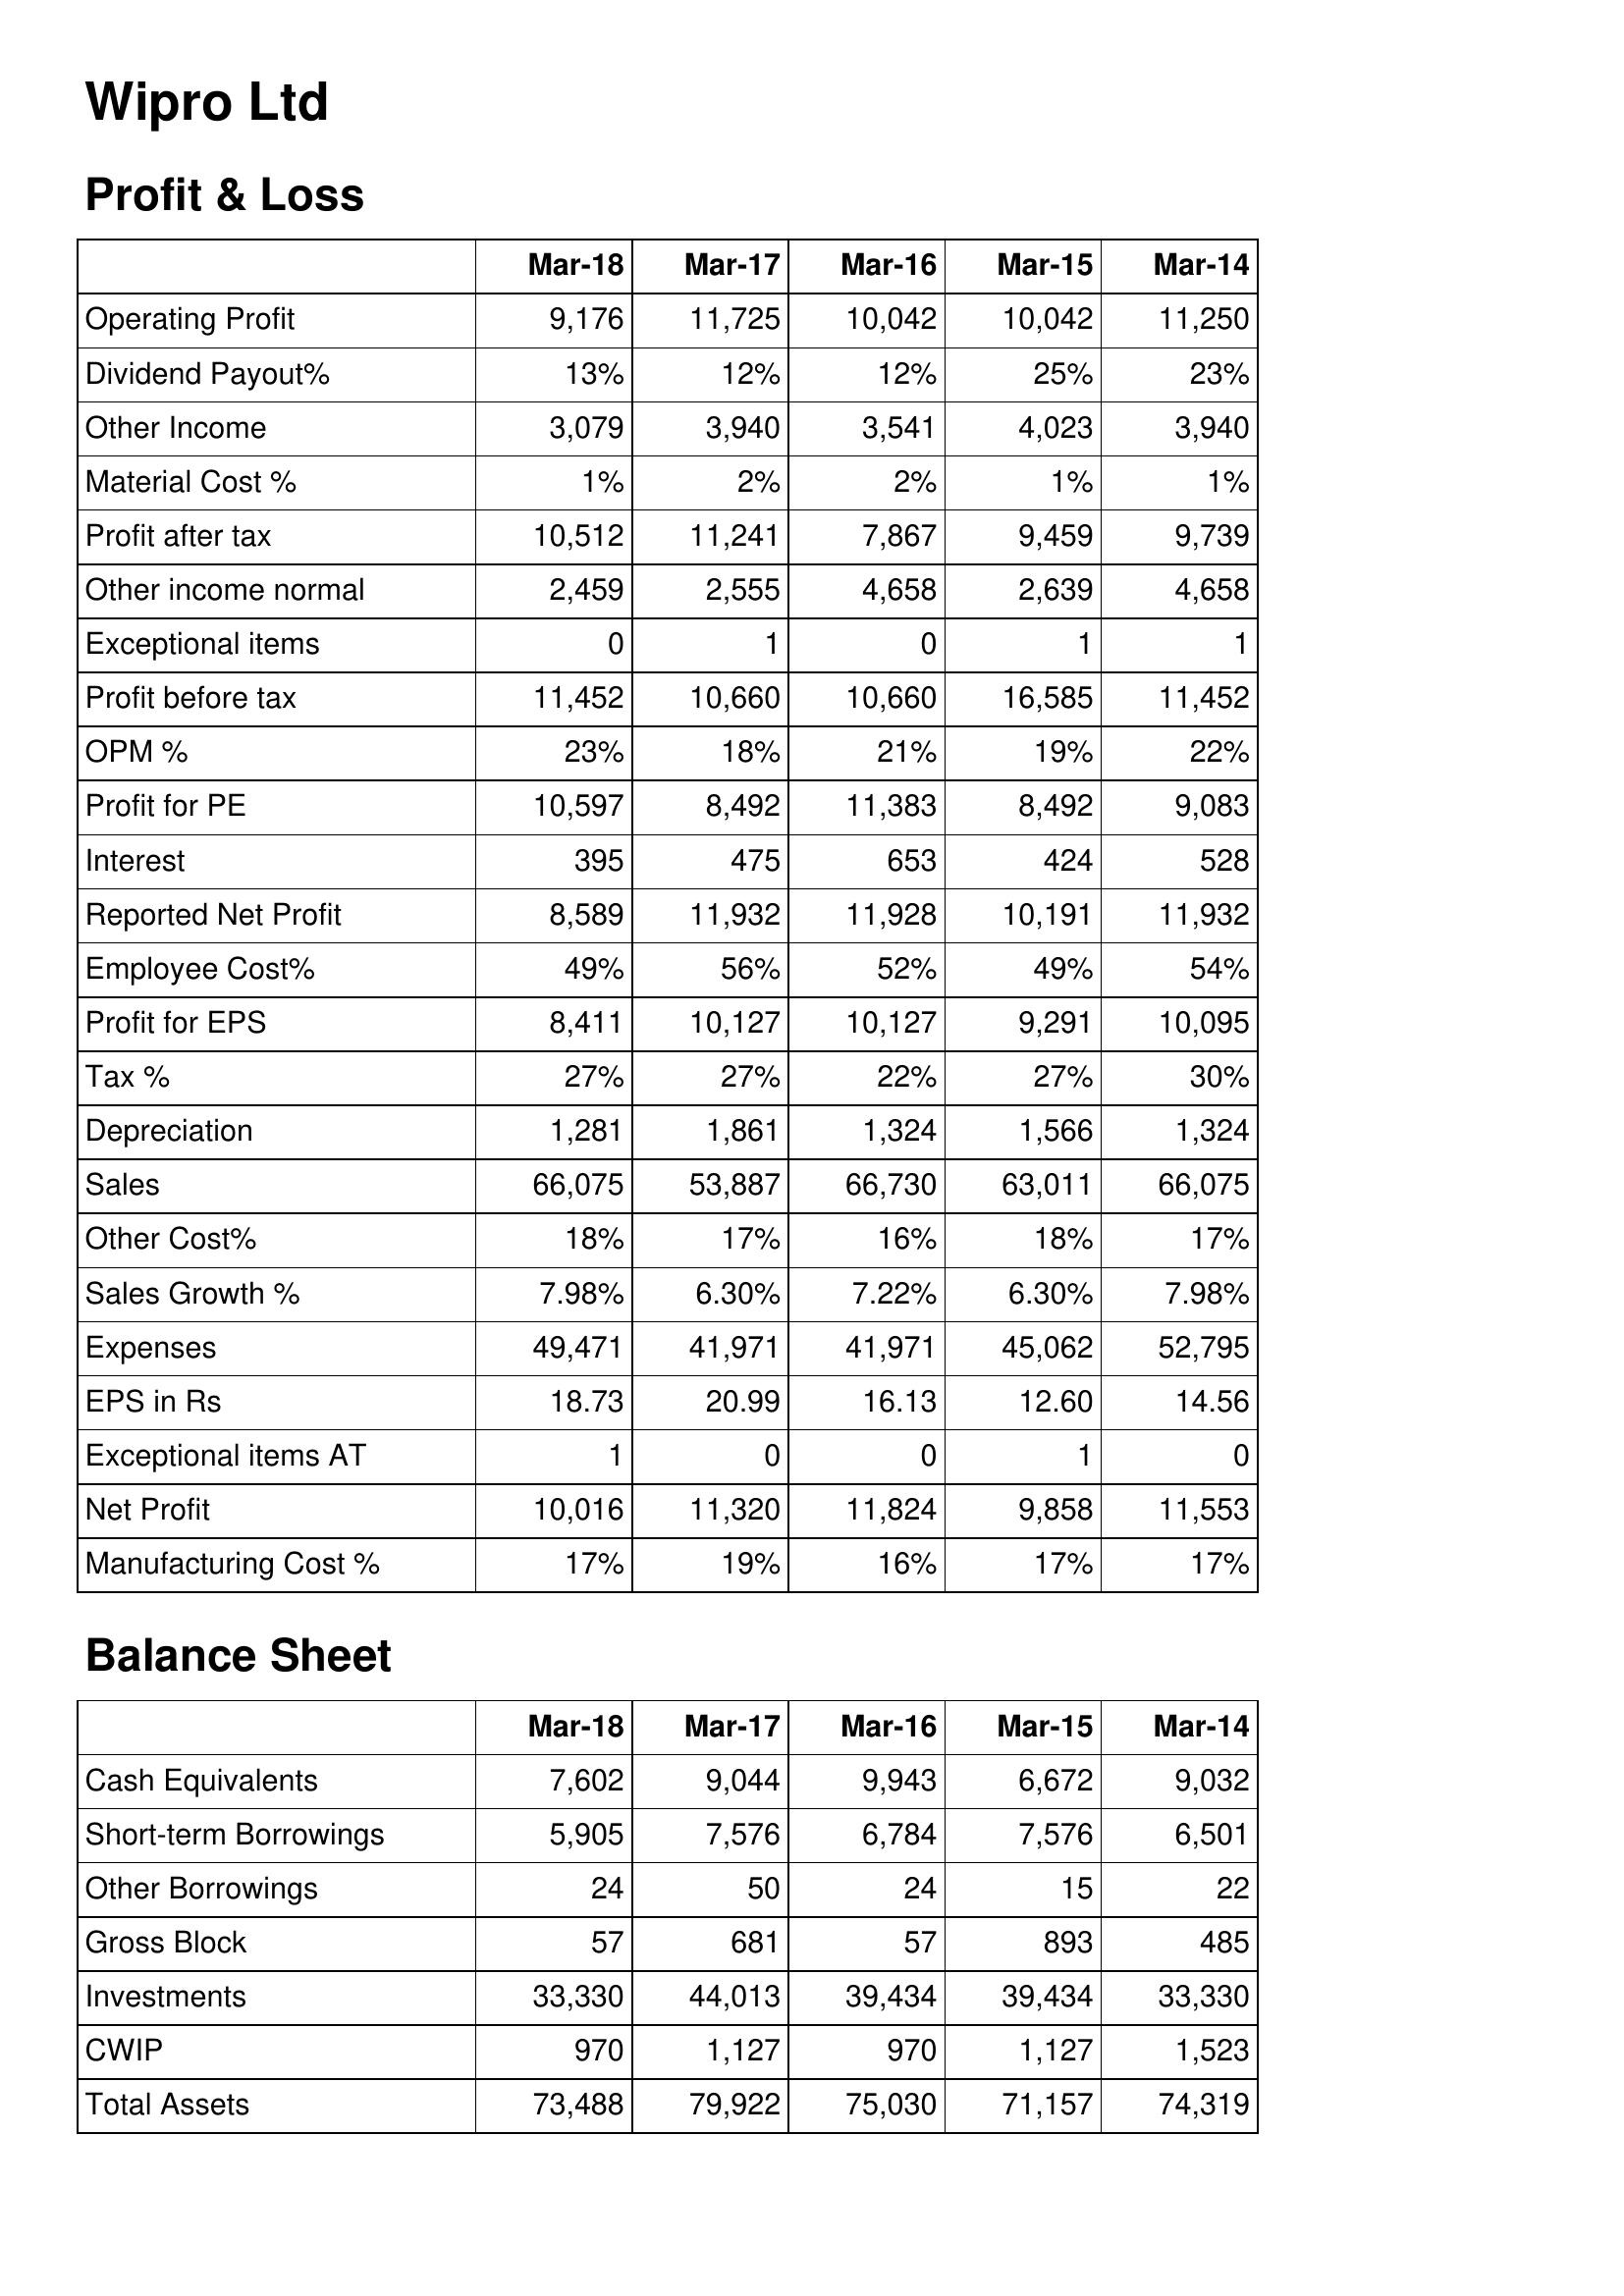
Mar-18: Profit & Loss: Operating Profit: 9,176
Dividend Payout%: 13%
Other Income: 3,079
Material Cost %: 1%
Profit after tax: 10,512
Other income normal: 2,459
Exceptional items: 0
Profit before tax: 11,452
OPM %: 23%
Profit for PE: 10,597
Interest: 395
Reported Net Profit: 8,589
Employee Cost%: 49%
Profit for EPS: 8,411
Tax %: 27%
Depreciation: 1,281
Sales: 66,075
Other Cost%: 18%
Sales Growth %: 7.98%
Expenses: 49,471
EPS in Rs: 18.73
Exceptional items AT: 1
Net Profit: 10,016
Manufacturing Cost %: 17%
Balance Sheet: Cash Equivalents: 7,602
Short-term Borrowings: 5,905
Other Borrowings: 24
Gross Block: 57
Investments: 33,330
CWIP: 970
Total Assets: 73,488
Mar-17: Profit & Loss: Operating Profit: 11,725
Dividend Payout%: 12%
Other Income: 3,940
Material Cost %: 2%
Profit after tax: 11,241
Other income normal: 2,555
Exceptional items: 1
Profit before tax: 10,660
OPM %: 18%
Profit for PE: 8,492
Interest: 475
Reported Net Profit: 11,932
Employee Cost%: 56%
Profit for EPS: 10,127
Tax %: 27%
Depreciation: 1,861
Sales: 53,887
Other Cost%: 17%
Sales Growth %: 6.30%
Expenses: 41,971
EPS in Rs: 20.99
Exceptional items AT: 0
Net Profit: 11,320
Manufacturing Cost %: 19%
Balance Sheet: Cash Equivalents: 9,044
Short-term Borrowings: 7,576
Other Borrowings: 50
Gross Block: 681
Investments: 44,013
CWIP: 1,127
Total Assets: 79,922
Mar-16: Profit & Loss: Operating Profit: 10,042
Dividend Payout%: 12%
Other Income: 3,541
Material Cost %: 2%
Profit after tax: 7,867
Other income normal: 4,658
Exceptional items: 0
Profit before tax: 10,660
OPM %: 21%
Profit for PE: 11,383
Interest: 653
Reported Net Profit: 11,928
Employee Cost%: 52%
Profit for EPS: 10,127
Tax %: 22%
Depreciation: 1,324
Sales: 66,730
Other Cost%: 16%
Sales Growth %: 7.22%
Expenses: 41,971
EPS in Rs: 16.13
Exceptional items AT: 0
Net Profit: 11,824
Manufacturing Cost %: 16%
Balance Sheet: Cash Equivalents: 9,943
Short-term Borrowings: 6,784
Other Borrowings: 24
Gross Block: 57
Investments: 39,434
CWIP: 970
Total Assets: 75,030
Mar-15: Profit & Loss: Operating Profit: 10,042
Dividend Payout%: 25%
Other Income: 4,023
Material Cost %: 1%
Profit after tax: 9,459
Other income normal: 2,639
Exceptional items: 1
Profit before tax: 16,585
OPM %: 19%
Profit for PE: 8,492
Interest: 424
Reported Net Profit: 10,191
Employee Cost%: 49%
Profit for EPS: 9,291
Tax %: 27%
Depreciation: 1,566
Sales: 63,011
Other Cost%: 18%
Sales Growth %: 6.30%
Expenses: 45,062
EPS in Rs: 12.60
Exceptional items AT: 1
Net Profit: 9,858
Manufacturing Cost %: 17%
Balance Sheet: Cash Equivalents: 6,672
Short-term Borrowings: 7,576
Other Borrowings: 15
Gross Block: 893
Investments: 39,434
CWIP: 1,127
Total Assets: 71,157
Mar-14: Profit & Loss: Operating Profit: 11,250
Dividend Payout%: 23%
Other Income: 3,940
Material Cost %: 1%
Profit after tax: 9,739
Other income normal: 4,658
Exceptional items: 1
Profit before tax: 11,452
OPM %: 22%
Profit for PE: 9,083
Interest: 528
Reported Net Profit: 11,932
Employee Cost%: 54%
Profit for EPS: 10,095
Tax %: 30%
Depreciation: 1,324
Sales: 66,075
Other Cost%: 17%
Sales Growth %: 7.98%
Expenses: 52,795
EPS in Rs: 14.56
Exceptional items AT: 0
Net Profit: 11,553
Manufacturing Cost %: 17%
Balance Sheet: Cash Equivalents: 9,032
Short-term Borrowings: 6,501
Other Borrowings: 22
Gross Block: 485
Investments: 33,330
CWIP: 1,523
Total Assets: 74,319